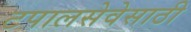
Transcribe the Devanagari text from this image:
टपालसेवेसाठी